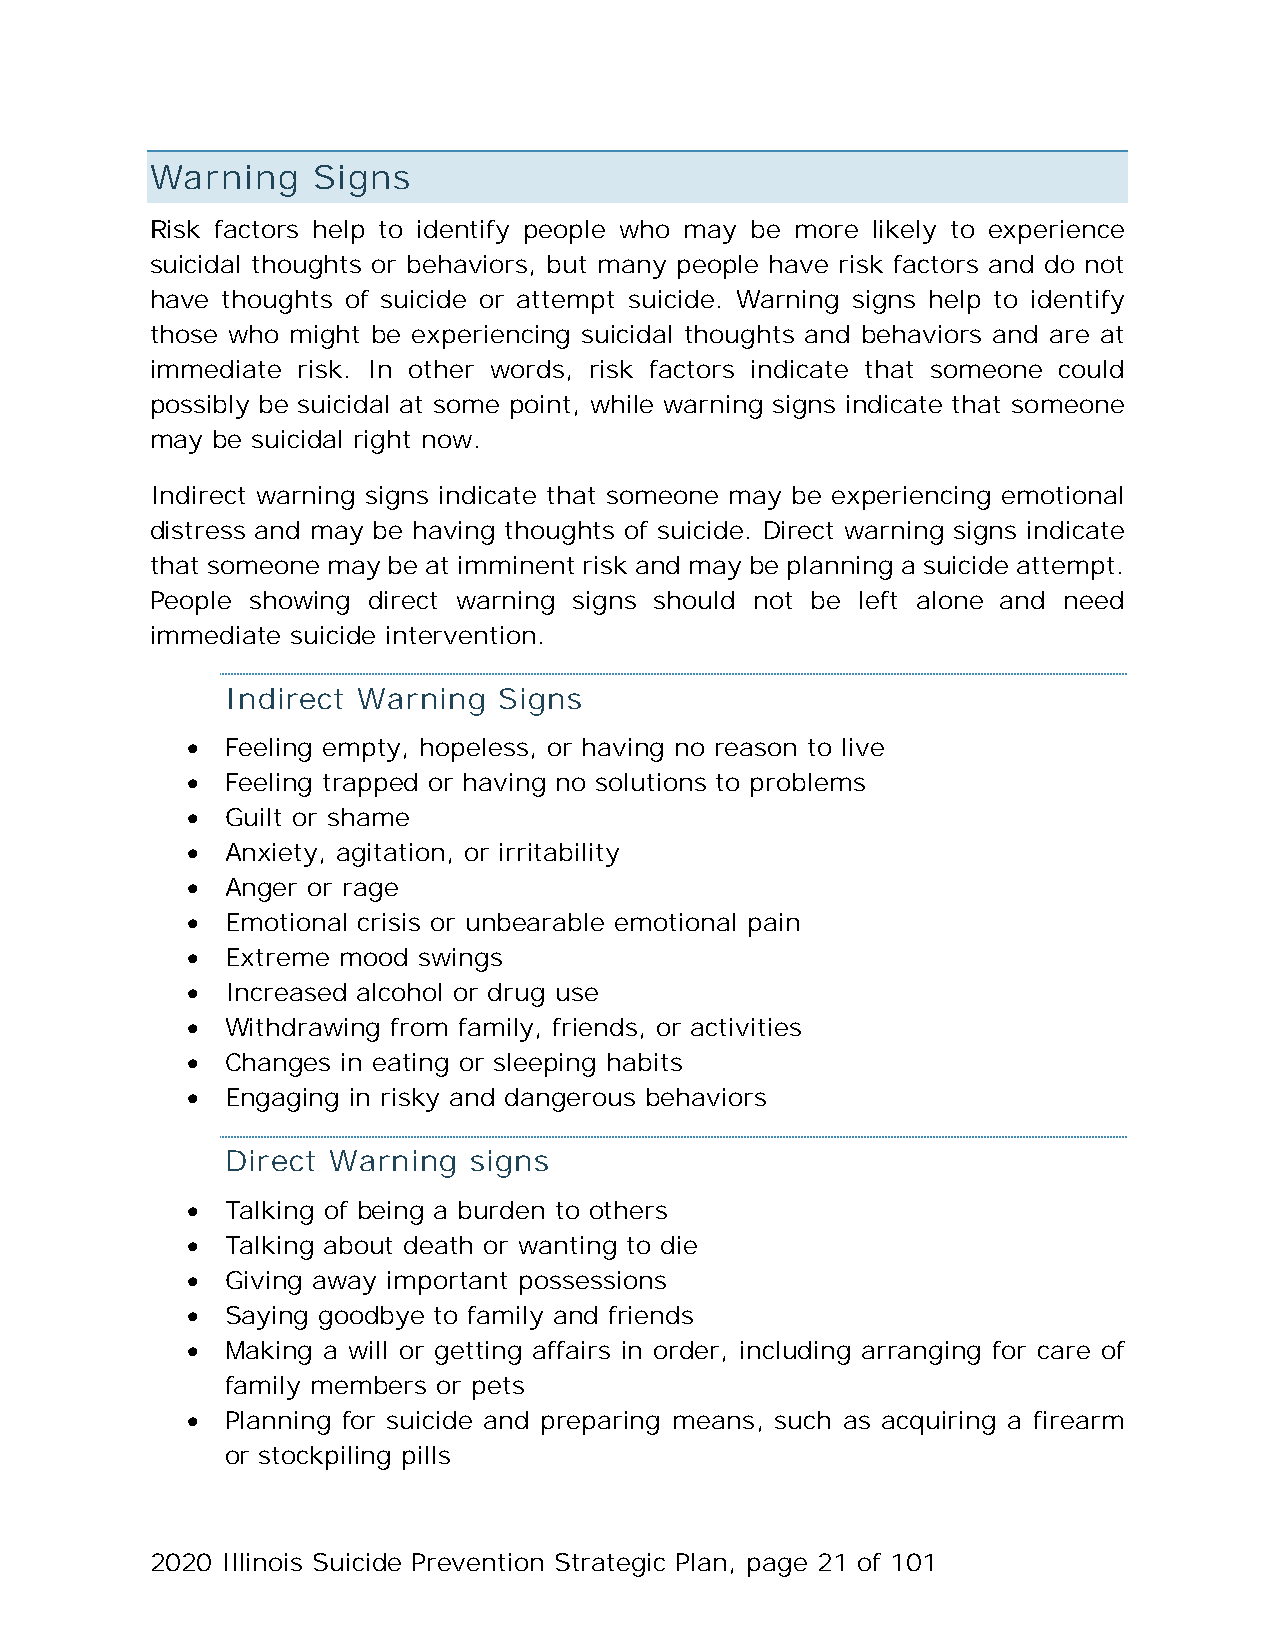
Warning    Signs
 Risk factors help to identify people who may be more likely to experience
 suicidal thoughts or behaviors, but many people have risk factors and do not
 have thoughts of suicide or attempt suicide. Warning signs help to identify
 those who might be experiencing suicidal thoughts and behaviors and are at
 immediate risk. In other words, risk factors indicate that someone could
 possibly be suicidal at some point, while warning signs indicate that someone
 may be suicidal right now.
 Indirect warning signs indicate that someone may be experiencing emotional
 distress and may be having thoughts of suicide. Direct warning signs indicate
 that someone may be at imminent risk and may be planning a suicide attempt.
 People showing direct warning signs should not be left alone and need
 immediate suicide intervention.
 Indirect Warning  Signs
 •  Feeling empty, hopeless, or having no reason to live
 •  Feeling trapped or having no solutions to problems
 •  Guilt or shame
 •  Anxiety, agitation, or irritability
 •  Anger or rage
 •  Emotional crisis or unbearable emotional pain
 •  Extreme mood swings
 •  Increased alcohol or drug use
 •  Withdrawing from family, friends, or activities
 •  Changes in eating or sleeping habits
 •  Engaging in risky and dangerous behaviors
 Direct Warning  signs
 •  Talking of being a burden to others
 •  Talking about death or wanting to die
 •  Giving away important possessions
 •  Saying goodbye to family and friends
 •  Making a will or getting affairs in order, including arranging for care of
 family members or pets
 •  Planning for suicide and preparing means, such as acquiring a firearm
 or stockpiling pills
 2020 Illinois Suicide Prevention Strategic Plan, page 21 of 101